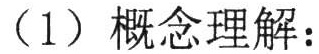
（1）概念理解：